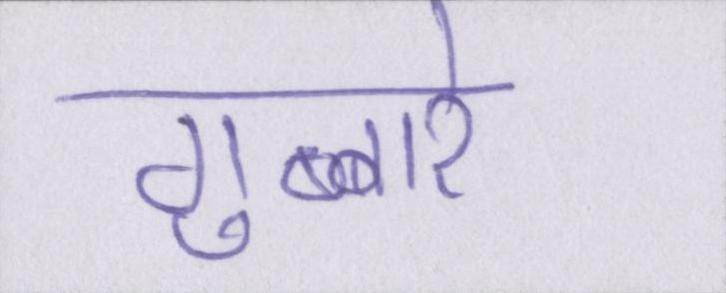
गुब्बारे